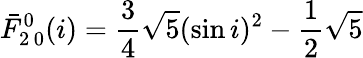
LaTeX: \bar{F}_{2\, 0}^{0}(i)=\frac{3}{4}\sqrt{5}(\sin i)^{2}-\frac{1}{2}\sqrt{5}